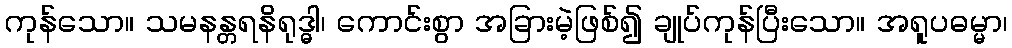
ကုန်သော။ သမနန္တရနိရုဒ္ဓါ၊ ကောင်းစွာ အခြားမဲ့ဖြစ်၍ ချုပ်ကုန်ပြီးသော။ အရူပဓမ္မာ၊